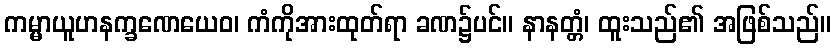
ကမ္မာယူဟနက္ခဏေယေဝ၊ ကံကိုအားထုတ်ရာ ခဏ၌ပင်။ နာနတ္တံ၊ ထူးသည်၏ အဖြစ်သည်။